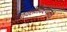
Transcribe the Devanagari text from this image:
नित्यसमीकरणांमुळे